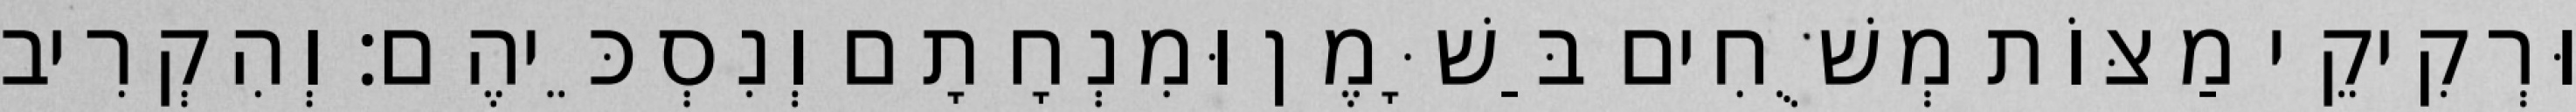
וּרְקִיקֵי מַצּוֹת מְשֻׁחִים בַּשָּׁמֶן וּמִנְחָתָם וְנִסְכֵּיהֶם׃ וְהִקְרִיב